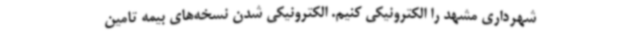
شهرداری مشهد را الکترونیکی کنیم. الکترونیکی شدن نسخه‌های بیمه تامین